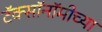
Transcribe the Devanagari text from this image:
टॅक्सॉनॉमीच्या